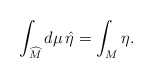
\begin{align*}\int_{\widehat{M}}d\mu\, \hat{\eta} = \int_{M}\eta.\end{align*}